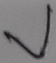
Text: V